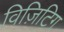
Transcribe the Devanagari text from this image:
विज़िटिग